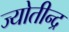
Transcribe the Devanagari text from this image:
ज्योतीन्द्र